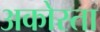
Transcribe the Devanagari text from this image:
अकोस्ता